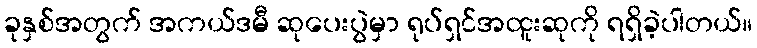
ခုနှစ်အတွက် အကယ်ဒမီ ဆုပေးပွဲမှာ ရုပ်ရှင်အထူးဆုကို ရရှိခဲ့ပါတယ်။